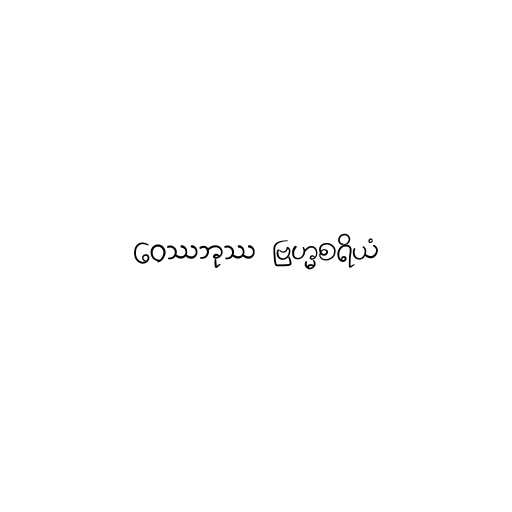
ဝေဿဘုဿ ဗြဟ္မစရိယံ